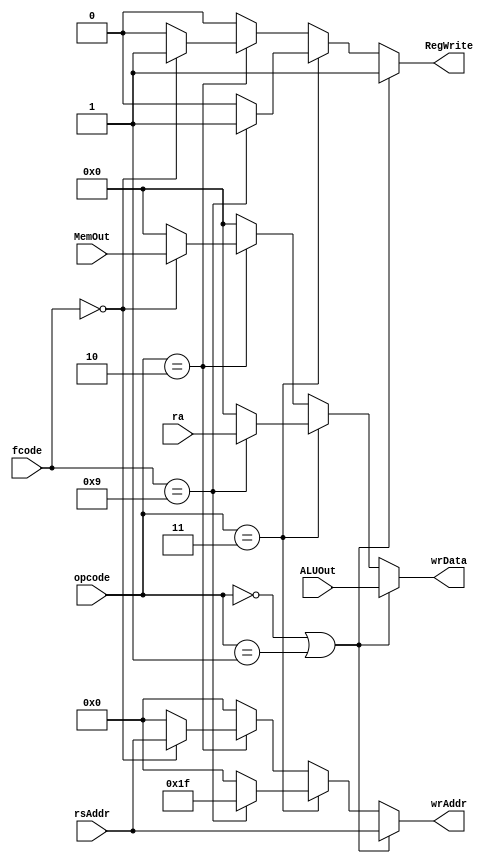
`timescale 1ns / 1ps
//Decides the write address, data and RegWrite flag
//16CS10058 Lovish Chopra
//16CS10057 Himanshu Mundhra

module writeAddress(
		input [2:0] opcode,
		input [3:0] fcode,
		input [4:0] rsAddr,
		input [31:0] ALUOut,
		input [31:0] ra,
		input [31:0] MemOut,
		output reg [4:0] wrAddr,
		output reg RegWrite,
		output reg [31:0] wrData
    );

always @(*)
	begin
		if(opcode==3'b000 | opcode==3'b001)     //if Arithmetic or shift or immediate operation
			begin
			RegWrite<=1;
			wrAddr<=rsAddr;
			wrData<=ALUOut;     //ALUOut needs to be written in rsAddr
			end
		else if(opcode==3'd3)    //if branch instruction
			begin
			if(fcode==4'd9)        //ra needs to be written at raAddr
				begin
				RegWrite<=1;
				wrAddr<=5'b11111;
				wrData<=ra;
				end
			else
				begin              //otherwise nothing to be written
					RegWrite<=0;
					wrAddr<=0;
					wrData<=0;
				end
			end
		else if(opcode==3'd2)    //if load word
			begin
				if(fcode==4'd0)
					begin
					RegWrite<=1;
					wrAddr<=rsAddr;
					wrData<=MemOut;      //MemOut to be written at rsAddr
					end
				else 
					begin
						RegWrite<=0;    //otherwise nothing
						wrAddr<=0;
						wrData<=0;
					end
			end
		else 
		begin
			RegWrite<=0;        //otherwise nothing
			wrAddr<=0;
			wrData<=0;
		end
	end
endmodule